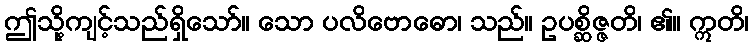
ဤသို့ကျင့်သည်ရှိသော်။ သော ပလိဗောဓော၊ သည်။ ဥပစ္ဆိဇ္ဇတိ၊ ၏။ ဣတိ၊